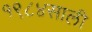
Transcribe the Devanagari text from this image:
१९८४साली